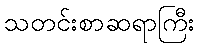
သတင်းစာဆရာကြီး